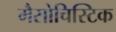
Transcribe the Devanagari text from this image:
मैसोचिस्टिक